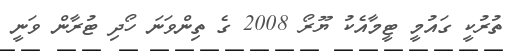
ތުރުކީ ގައުމީ ޓީމާއެކު ޔޫރޯ 2008 ގެ ތިންވަނަ ހޯދި ޓުރާން ވަނީ